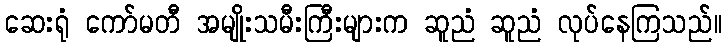
ဆေးရုံ ကော်မတီ အမျိုးသမီးကြီးများက ဆူညံ ဆူညံ လုပ်နေကြသည်။